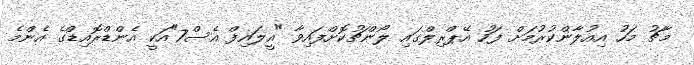
މާޗު މަހު އިއުލާންކުރުމަށް ފަހު އޭޕްރިލްގައި ލޯންޗުކޮށްފައިވާ "އީލައިފް އެސް7"އަކީ އެންޑްރޮއިޑްގެ އެންމެ